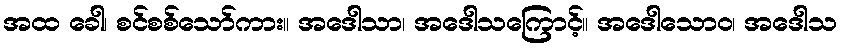
အထ ခေါ၊ စင်စစ်သော်ကား။ အဒေါသာ၊ အဒေါသကြောင့်။ အဒေါသောဝ၊ အဒေါသ